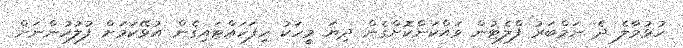
ހުޅުމާލެ ދެ ނަމްބަރު ފްލެޓުން ވައްކަންކޮށްގެން ދިޔަ މީހަކު ހިފަހައްޓައިގެން އުޅޭކަމަށް ފުލުހުންނަށް